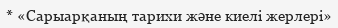
* «Сарыарқаның тарихи және киелі жерлері»